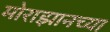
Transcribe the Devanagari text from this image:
मोराझानच्या